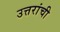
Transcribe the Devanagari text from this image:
उत्तरांची